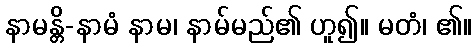
နာမန္တိ-နာမံ နာမ၊ နာမ်မည်၏ ဟူ၍။ မတံ၊ ၏။